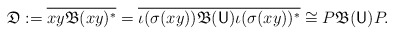
\begin{align*} \mathfrak D := \overline{xy \mathfrak B (xy)^\ast} = \overline{\iota(\sigma(xy)) \mathfrak B(\mathsf U) \iota(\sigma(xy))^\ast} \cong P\mathfrak B(\mathsf U) P.\end{align*}